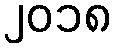
၂၀၁၈